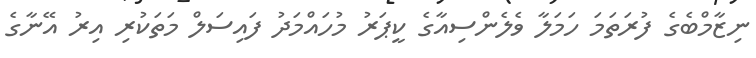
ނިޒާމްބެގެ ފުރަތަމަ ހަމަލާ ވެލެންސިއާގެ ކީޕަރު މުހައްމަދު ފައިސަލް މަތަކުރި އިރު އޭނާގެ